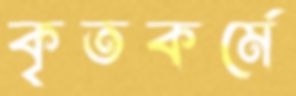
কৃতকর্মে